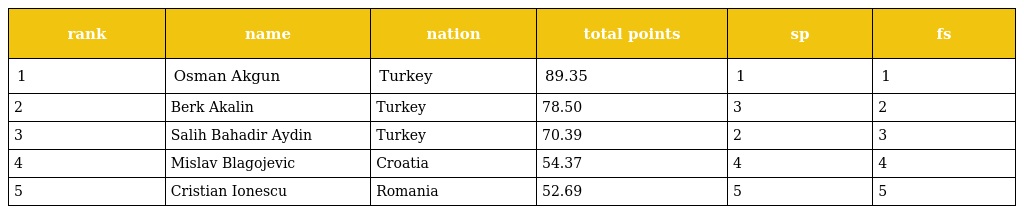
| rank | name | nation | total points | sp | fs |
 | --- | --- | --- | --- | --- | --- |
 | 1 | Osman Akgun | Turkey | 89.35 | 1 | 1 |
 | 2 | Berk Akalin | Turkey | 78.50 | 3 | 2 |
 | 3 | Salih Bahadir Aydin | Turkey | 70.39 | 2 | 3 |
 | 4 | Mislav Blagojevic | Croatia | 54.37 | 4 | 4 |
 | 5 | Cristian Ionescu | Romania | 52.69 | 5 | 5 |